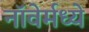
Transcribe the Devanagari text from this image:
नॉवेर्मध्ये